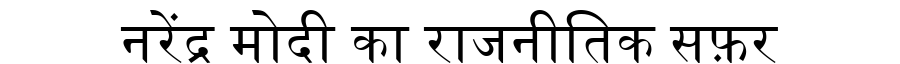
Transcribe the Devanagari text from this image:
नरेंद्र मोदी का राजनीतिक सफ़र